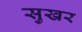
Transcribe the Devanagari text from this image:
सुखर